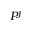
P ^ { j }